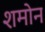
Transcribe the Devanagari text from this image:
शमोन